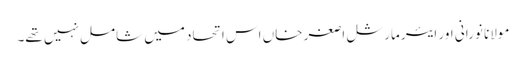
مولانا نورانی اور ایئر مارشل اصغر خاں اس اتحاد میں شامل نہیں تھے۔